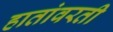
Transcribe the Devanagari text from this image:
हातांवरती